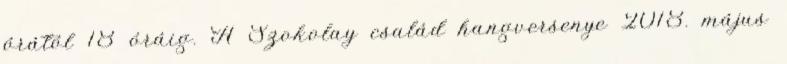
órától 18 óráig. A Szokolay család hangversenye 2018. május